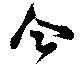
合